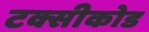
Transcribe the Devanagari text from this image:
टक्सीकोड